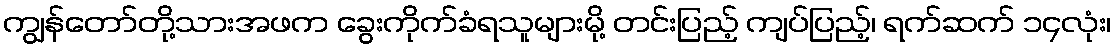
ကျွန်တော်တို့သားအဖက ခွေးကိုက်ခံရသူများမို့ တင်းပြည့် ကျပ်ပြည့်၊ ရက်ဆက် ၁၄လုံး၊